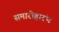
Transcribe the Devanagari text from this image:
समारोहारंभ